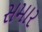
સમાર